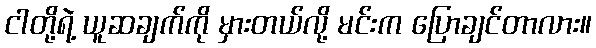
ငါတို့ရဲ့ ယူဆချက်ကို မှားတယ်လို့ မင်းက ပြောချင်တာလား။